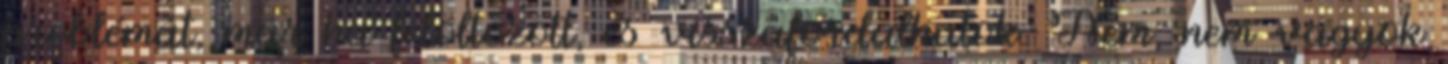
problémát, már ha felöltözött, és visszafordulhatok. Nem, nem vagyok